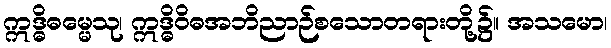
ဣဒ္ဓိဓမ္မေသု၊ ဣဒ္ဓိဝိဓအဘိညာဉ်စသောတရားတို့၌။ အသမော၊